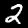
Label: 2